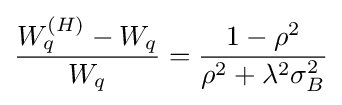
{\frac {W_{q}^{(H)}-W_{q}}{W_{q}}}={\frac {1-\rho ^{2}}{\rho ^{2}+\lambda ^{2}\sigma _{B}^{2}}}